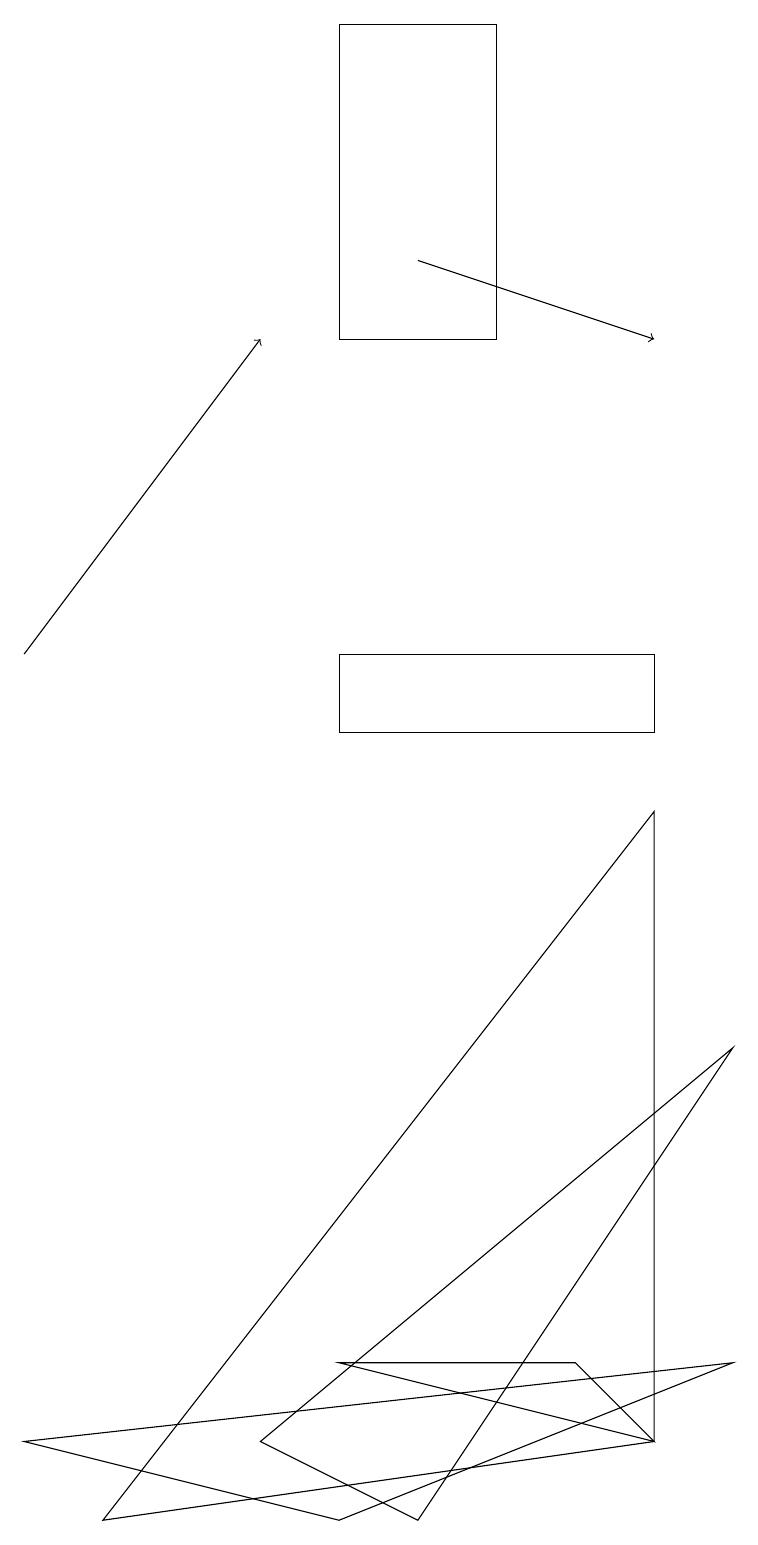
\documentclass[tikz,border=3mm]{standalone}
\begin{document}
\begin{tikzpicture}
\draw (6,15) rectangle (4,19);
\draw (8,1) -- (4,2) -- (7,2) -- cycle;
\draw (0,1) -- (9,2) -- (4,0) -- cycle;
\draw (4,10) rectangle (8,11);
\draw (8,1) -- (1,0) -- (8,9) -- cycle;
\draw[->] (0,11) -- (3,15);
\draw (3,1) -- (9,6) -- (5,0) -- cycle;
\draw[->] (5,16) -- (8,15);
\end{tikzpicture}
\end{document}